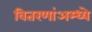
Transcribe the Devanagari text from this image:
वितरणांअम्ध्ये